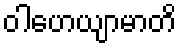
ဝါဟေယျာမာတိ